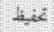
تحفيظ